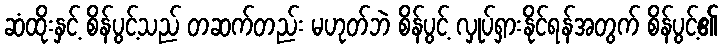
ဆံထိုးနှင့် စိန်ပွင့်သည် တဆက်တည်း မဟုတ်ဘဲ စိန်ပွင့် လှုပ်ရှားနိုင်ရန်အတွက် စိန်ပွင့်၏